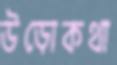
উড়োকথা